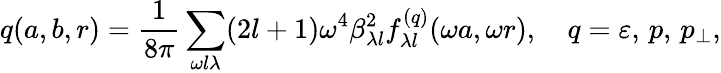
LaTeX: q(a,b,r)=\frac{1}{8\pi}\sum_{\omega l\lambda}(2l+1)\omega^{4}\beta_{\lambda l}^{2}f_{\lambda l}^{(q)}(\omega a,\omega r),\quad q=\varepsilon,\, p,\, p_{\perp},